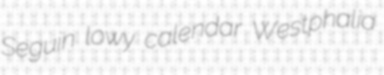
Seguin lowy calendar Westphalia